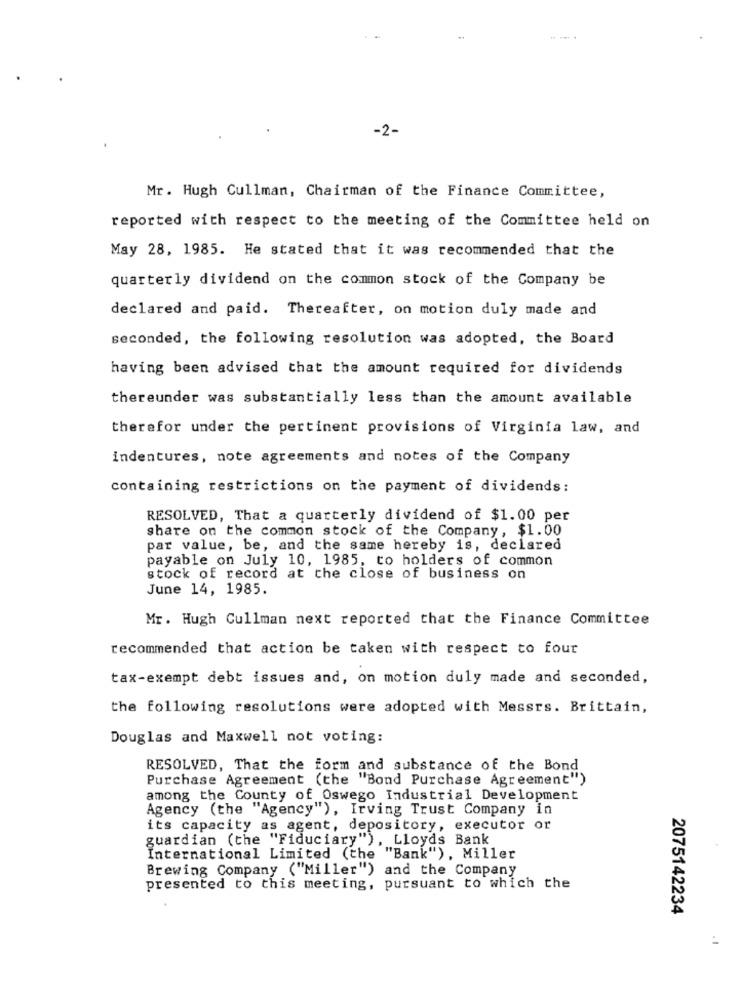
-2-
Mr. Hugh Cullman, Chairman of the Finance Committee,
reported with respect to the meeting of the Committee held on
May 28, 1985. He stated that it was recommended that the
quarterly dividend on the common stock of the Company be
declared and paid. Thereafter, on motion duly made and
seconded, the following resolution was adopted, the Board
having been advised that the amount required for dividends
thereunder was substantially less than the amount available
therefor under the pertinent provisions of Virginia law, and
indentures, note agreements and notes of the Company
containing restrictions on the payment of dividends:
RESOLVED, That a quarterly dividend of $1.00 per
share on the common stock of the Company, $1.00
par value, be, and the same hereby is, declared
payable on July 10, 1985, to holders of common
stock of record at the close of business on
June 14, 1985.
Mr. Hugh Cullman next reported that the Finance Committee
recommended that action be taken with respect to four
tax-exempt debt issues and, on motion duly made and seconded,
the following resolutions were adopted with Messrs. Brittain,
Douglas and Maxwell not voting:
RESOLVED, That the form and substance of the Bond
Purchase Agreement (the "Bond Purchase Agreement")
among the County of Oswego Industrial Development
Agency (the "Agency"), Irving Trust Company in
its capacity as agent, depository, executor or
guardian (the "Fiduciary"), Lloyds Bank
International Limited (the "Bank"), Miller
Brewing Company ("Miller") and the Company
presented to this meeting, pursuant to which the
2075142234
: